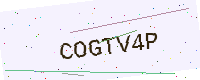
Text: COGTV4P